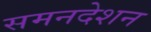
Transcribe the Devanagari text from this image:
समनदेशन